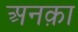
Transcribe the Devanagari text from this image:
अनक़ा